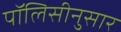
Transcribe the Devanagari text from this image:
पॉलिसीनुसार